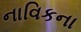
નાવિકના